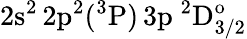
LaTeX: \mathrm{2s^{2}\, 2p^{2}(^{3}P)\, 3p~^{2}D_{3/2}^{o}}